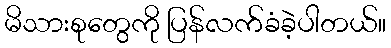
မိသားစုတွေကို ပြန်လက်ခံခဲ့ပါတယ်။